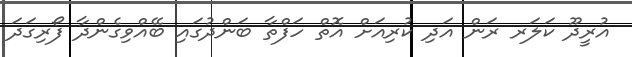
އުރީދޫ ކަލަރ ރަން އަދި ކުރިއަށް އޮތް ހަފްތާ ބަންދުގައި ބޭއްވިގެންދާ ފޯރިގަދަ